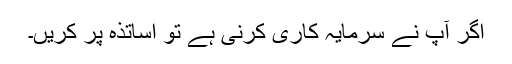
اگر آپ نے سرمایہ کاری کرنی ہے تو اساتذہ پر کریں۔